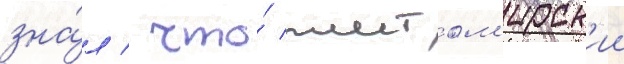
зна́л / что́ житом'ирск'ии